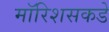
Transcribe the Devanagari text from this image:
मॉरिशसकडे